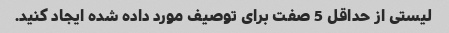
لیستی از حداقل 5 صفت برای توصیف مورد داده شده ایجاد کنید.